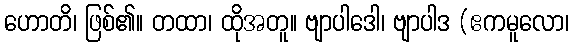
ဟောတိ၊ ဖြစ်၏။ တထာ၊ ထိုအတူ။ ဗျာပါဒေါ၊ ဗျာပါဒ (ဧကမူလော၊